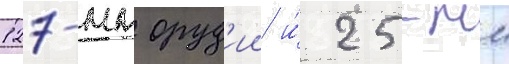
127-мм оруд'ии и́ 25-мм